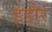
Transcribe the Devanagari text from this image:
हंडौर